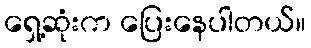
ရှေ့ဆုံးက ပြေးနေပါတယ်။